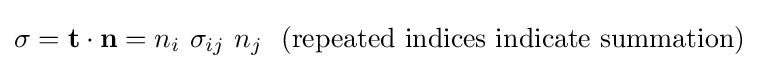
\sigma =\mathbf {t} \cdot \mathbf {n} =n_{i}~\sigma _{ij}~n_{j}~~{\text{(repeated indices indicate summation)}}